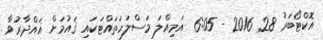
އޮކްޓޯބަރު 28